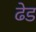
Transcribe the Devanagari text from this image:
ढेड